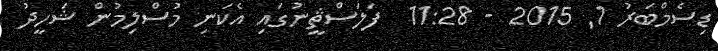
ޑިސެމްބަރު 1